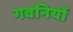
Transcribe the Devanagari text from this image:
गवनियों